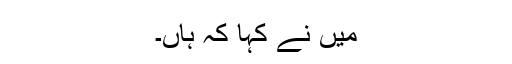
میں نے کہا کہ ہاں۔